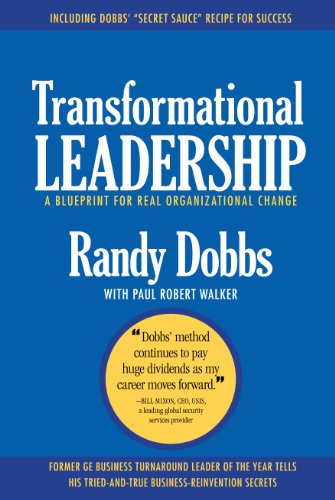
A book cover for Transformational Leadership: A Blueprint for Real Organizational Change; Randy Dobbs; Business & Money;